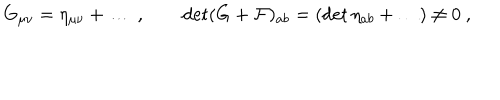
LaTeX: G _ { \mu \nu } = \eta _ { \mu \nu } + \dots \ , \qquad \det ( G + { \cal F } ) _ { a b } = ( \det \eta _ { a b } + \dots ) \neq 0 \ ,